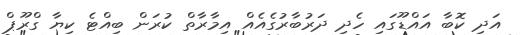
އަދި ކޮބާ އައްޑޫގައި ހެދި ދަރުބާރުގެއެއް އިމާރާތް ކުރަން ބިއްޓެ ކިޔާ ގްރޫޕް